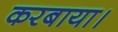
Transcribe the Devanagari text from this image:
करबाया।